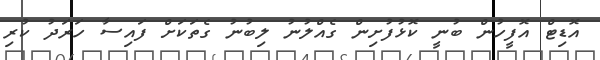
އޮޑިޓް އޮފީހުން ބުނީ ކޮޅުފުށިން ގެއްލުނު ލިބުނު ގެތަކަށް ފައިސާ ހަރަދު ކުރި